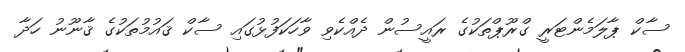
ސާކް ޕާލަމެންޓަރީ ގްރޫޕްތަކުގެ ރައީސުން ދެއްކެވި ވާހަކަފުޅުގައި ސާކް ޤައުމުތަކުގެ ޤާނޫނު ހަދާ